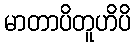
မာတာပိတူဟိပိ